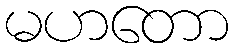
မဟတော